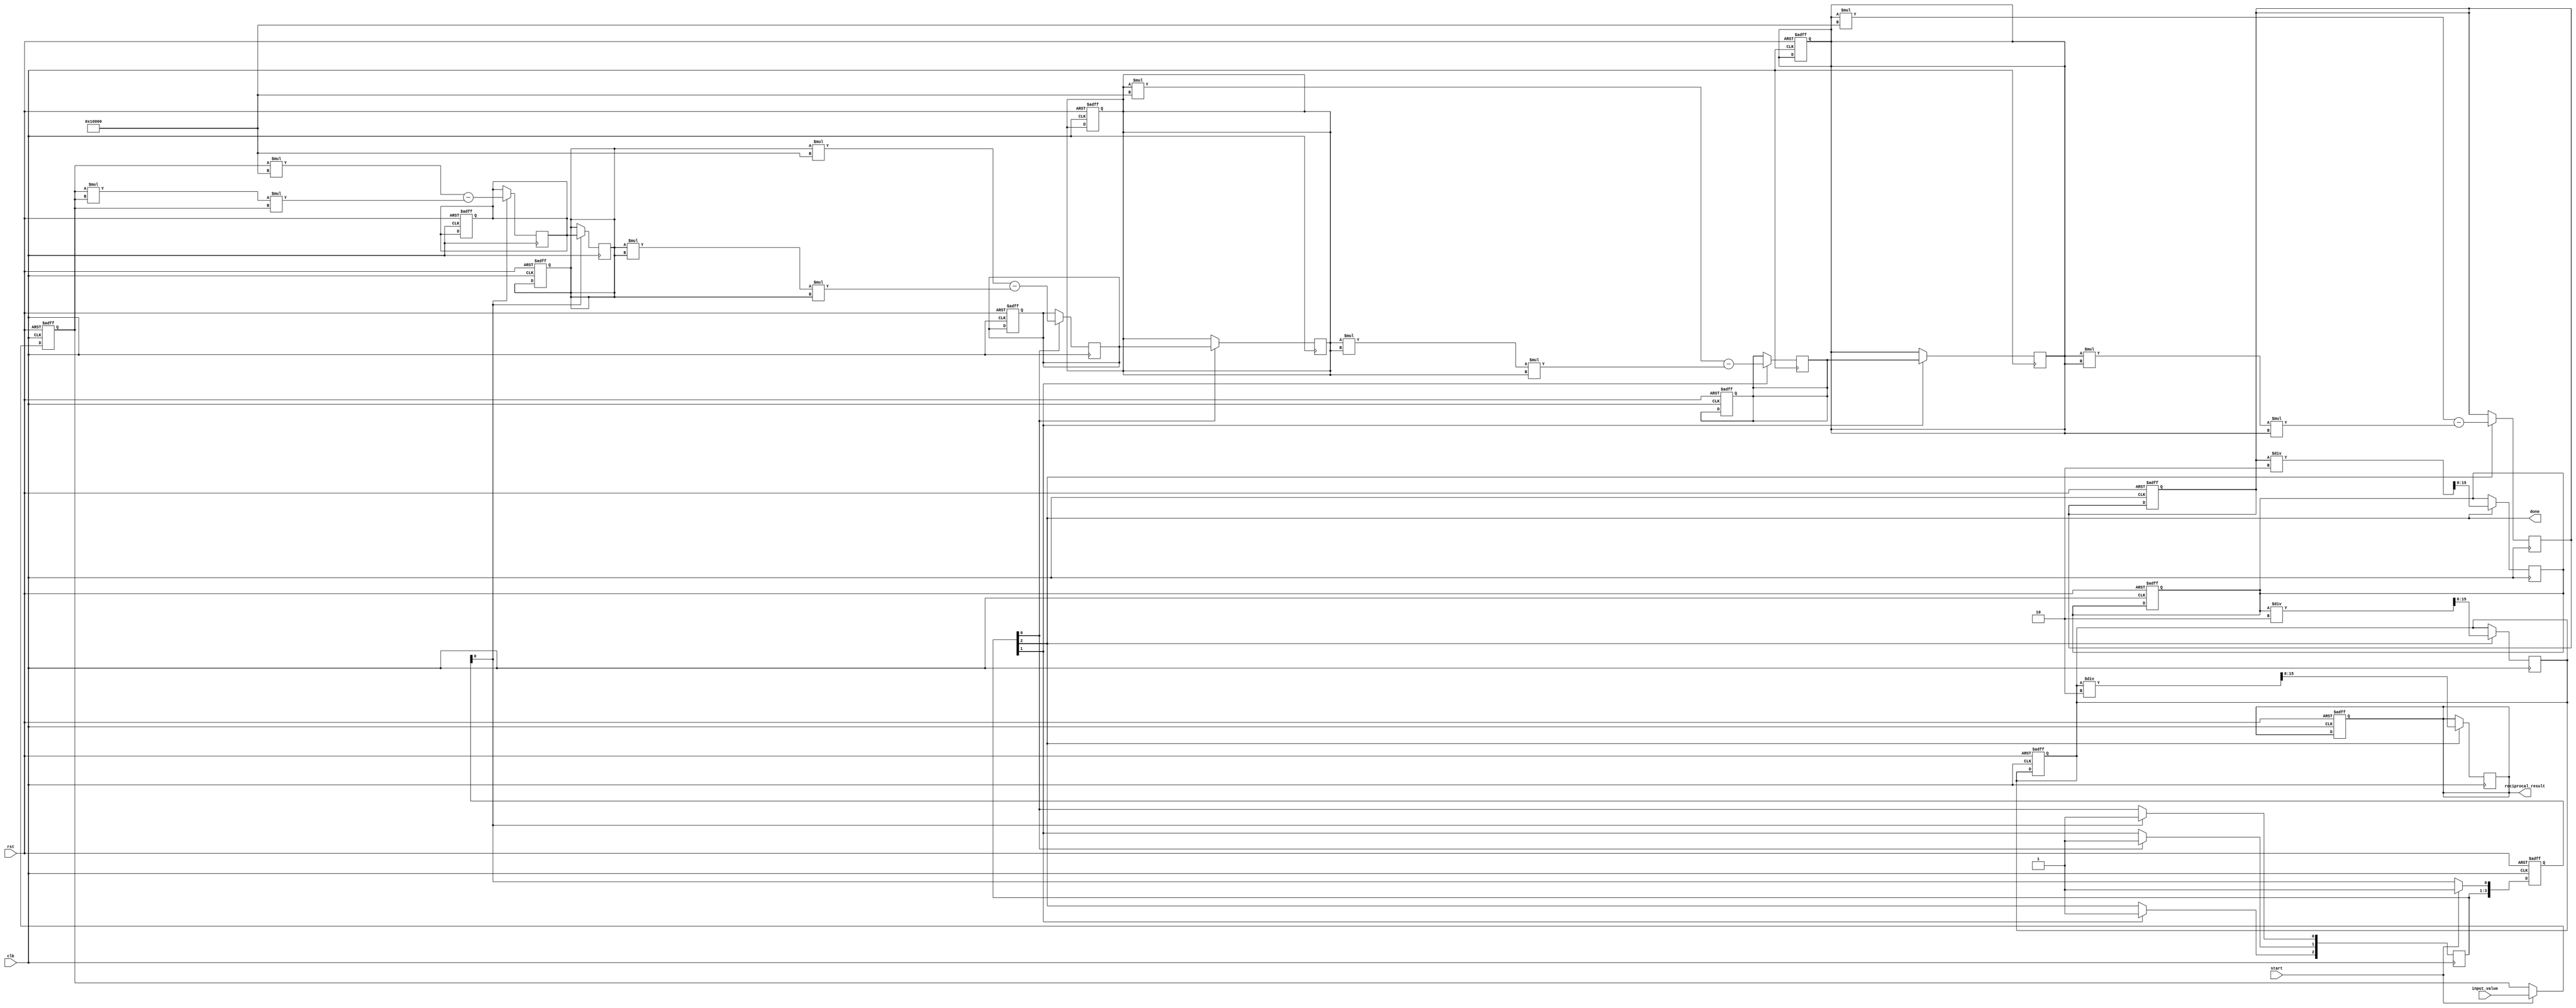
module systolic_array_reciprocal #(
    parameter DATA_WIDTH = 16,  // Bit-width of input/output
    parameter PE_ROWS = 4,       // Number of rows of PEs
    parameter PE_COLS = 4        // Number of columns of PEs
)(
    input wire clk,
    input wire rst,
    input wire [DATA_WIDTH-1:0] input_value,
    input wire start,
    output wire [DATA_WIDTH-1:0] reciprocal_result,
    output wire done
);

    // Control signals
    reg [DATA_WIDTH-1:0] pe_input [0:PE_ROWS-1][0:PE_COLS-1];
    reg [DATA_WIDTH-1:0] pe_output [0:PE_ROWS-1][0:PE_COLS-1];
    reg [PE_ROWS-1:0] valid;

    // Initialize the PEs
    integer i, j;
    always @(posedge clk or posedge rst) begin
        if (rst) begin
            for (i = 0; i < PE_ROWS; i = i + 1) begin
                for (j = 0; j < PE_COLS; j = j + 1) begin
                    pe_input[i][j] <= 0;
                    pe_output[i][j] <= 0;
                end
            end
            valid <= 0;
        end else if (start) begin
            // Load the initial value into the first PE
            pe_input[0][0] <= input_value;
            valid[0] <= 1; // Indicate that the first PE is valid
        end
    end

    // Systolic array processing elements
    always @(posedge clk) begin
        // Update PE outputs based on inputs
        for (i = 0; i < PE_ROWS; i = i + 1) begin
            for (j = 0; j < PE_COLS; j = j + 1) begin
                if (valid[i]) begin
                    // Example iterative calculation (Newton-Raphson)
                    if (j == 0) begin
                        // First column: initial guess or update using input
                        pe_output[i][j] <= (pe_input[i][j] * (2**DATA_WIDTH)) - (pe_input[i][j] * pe_input[i][j] * pe_input[i][j]);
                    end else begin
                        // Subsequent columns: propagate the value
                        pe_output[i][j] <= pe_output[i][j-1] / 2; // Simple division for demonstration
                    end
                    // Pass the output to the next row PE in the same column if not the last row
                    if (i < PE_ROWS - 1) begin
                        pe_input[i+1][j] <= pe_output[i][j];
                        valid[i+1] <= 1; // Mark the next PE as valid
                    end
                end
            end
        end
    end

    // Output logic
    assign reciprocal_result = pe_output[PE_ROWS-1][PE_COLS-1]; // Output from the last PE
    assign done = valid[PE_ROWS-1]; // Indicate completion based on the last PE's validity

endmodule